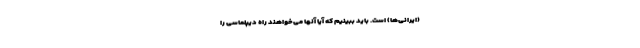
(ایرانی‌ها) است. باید ببینیم که آیا آنها می‌خواهند راه دیپلماسی را